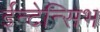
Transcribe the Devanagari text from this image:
ईन्टेन्सिभ